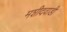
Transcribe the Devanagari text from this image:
मशीदवाडी